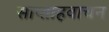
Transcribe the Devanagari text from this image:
साप्ताहवाचन